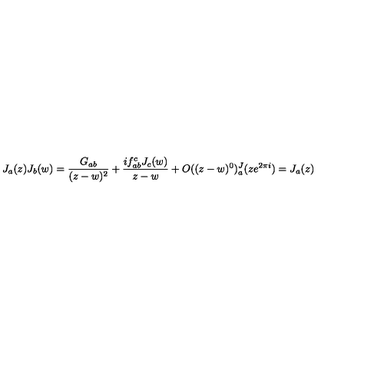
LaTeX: J _ { a } ( z ) J _ { b } ( w ) = \frac { G _ { a b } } { ( z - w ) ^ { 2 } } + \frac { i f _ { a b } ^ { c } J _ { c } ( w ) } { z - w } + O ( ( z - w ) ^ { 0 } ) \sp J _ { a } ( z e ^ { 2 \pi i } ) = J _ { a } ( z )